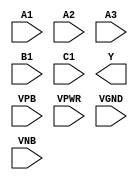
module sky130_fd_sc_ms__a311oi (
    //# {{data|Data Signals}}
    input  A1  ,
    input  A2  ,
    input  A3  ,
    input  B1  ,
    input  C1  ,
    output Y   ,

    //# {{power|Power}}
    input  VPB ,
    input  VPWR,
    input  VGND,
    input  VNB
);
endmodule